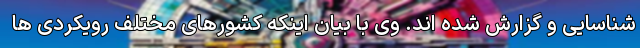
شناسایی و گزارش شده اند. وی با بیان اینکه کشورهای مختلف رویکردی ها